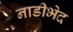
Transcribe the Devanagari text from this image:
नाडीभेद